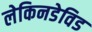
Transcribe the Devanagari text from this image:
लेकिनडेविड